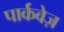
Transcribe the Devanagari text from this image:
पार्कवेज़